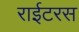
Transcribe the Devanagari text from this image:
राईटरस